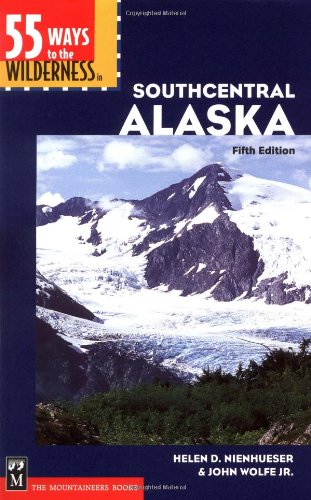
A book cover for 55 Ways to the Wilderness in Southcentral Alaska; Helen D. Nienhueser; Sports & Outdoors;